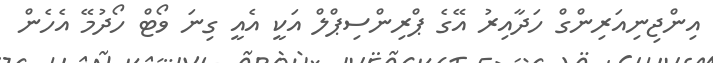
އިންޖިނިއަރިންގް ހަދާއިރު އޭގެ ޕްރިންސިޕްލް އަކީ އެއީ ގިނަ ވޯޓް ހޯދުމޭ އެހެން